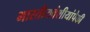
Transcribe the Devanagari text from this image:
भारतीयवंशीयांपैकी